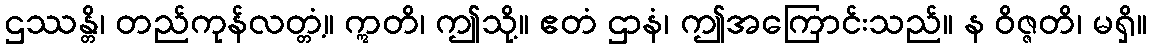
ဌဿန္တိ၊ တည်ကုန်လတ္တံ့။ ဣတိ၊ ဤသို့။ ဧတံ ဌာနံ၊ ဤအကြောင်းသည်။ န ဝိဇ္ဇတိ၊ မရှိ။